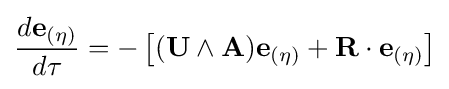
{\frac {d\mathbf {e} _{(\eta )}}{d\tau }}=-\left[(\mathbf {U} \wedge \mathbf {A} )\mathbf {e} _{(\eta )}+\mathbf {R} \cdot \mathbf {e} _{(\eta )}\right]